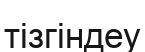
тізгіндеу